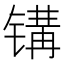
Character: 𰾨